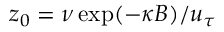
z _ { 0 } = \nu \exp ( - \kappa B ) / u _ { \tau }